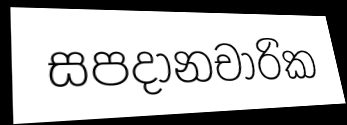
සපදානචාරික